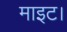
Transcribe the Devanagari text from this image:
माइट।